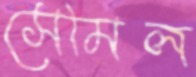
সেমিল